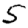
Digit: 5